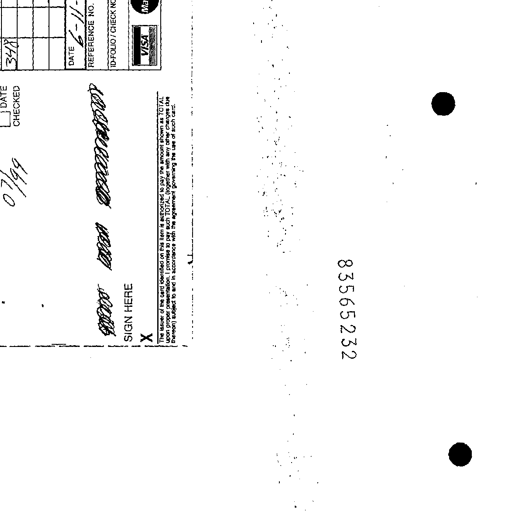
348
DATE 6-11-
CHECKED 07/99
REFERENCE NO.
ID-FOLIO / CHECK NO.
xxxx xxxx xxxxxxxxxx
VISA
SIGN HERE
X
The issuer of the card identified on this item is authorized to pay the amount shown as TOTAL
upon proper presentation. I promise to pay such TOTAL (together with any other charges due
thereon) subject to and in accordance with the agreement governing the use of such card.
83565232